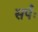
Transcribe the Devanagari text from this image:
सर्पः